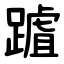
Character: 䠡